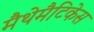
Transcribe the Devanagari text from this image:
मैथेमैटिकेस